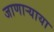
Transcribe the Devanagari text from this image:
जाणाऱ्याया